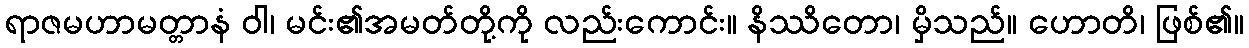
ရာဇမဟာမတ္တာနံ ဝါ၊ မင်း၏အမတ်တို့ကို လည်းကောင်း။ နိဿိတော၊ မှိသည်။ ဟောတိ၊ ဖြစ်၏။